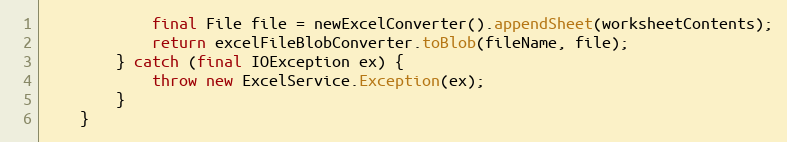
Language: Java
            final File file = newExcelConverter().appendSheet(worksheetContents);
            return excelFileBlobConverter.toBlob(fileName, file);
        } catch (final IOException ex) {
            throw new ExcelService.Exception(ex);
        }
    }